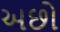
અછો